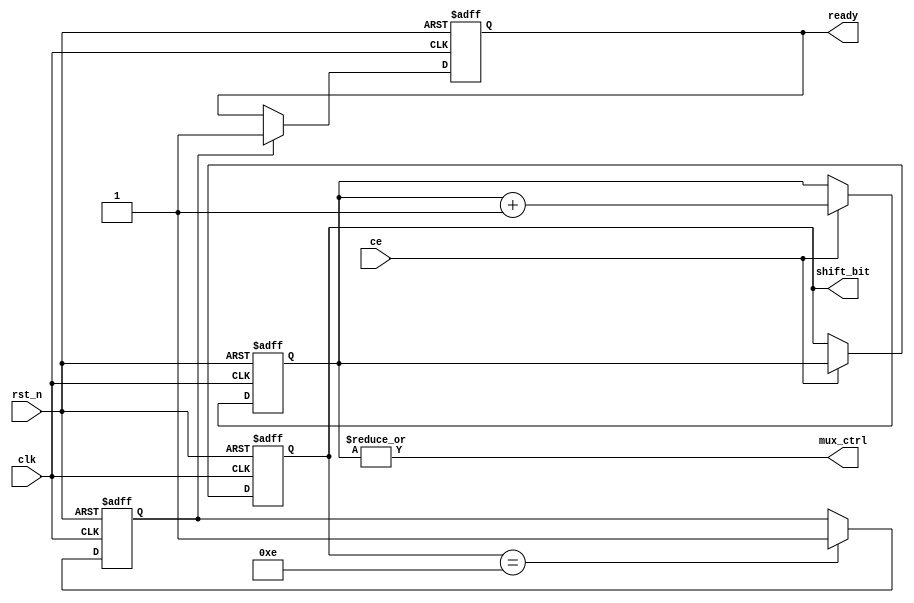
module rot_cordic_ctrl
#(
  parameter COUNT_WIDTH = 4    // Counter width
)
(
  input                            clk,
  input                            ce,
  input                            rst_n,
  output reg   [COUNT_WIDTH-1 : 0] shift_bit,
  output                           mux_ctrl,
  output	reg	ready	//Bao du lieu ra
);
  reg          [COUNT_WIDTH-1 : 0] counter;
  reg	ready_delay;
  
  
  assign mux_ctrl = |counter;
  
  always @(posedge clk, negedge rst_n) begin
    if(!rst_n) begin
	   counter <= 4'b0;
		shift_bit <= 4'b0;
	 end
	 else if(ce) begin
	   counter <= counter + 4'd1;
		shift_bit <= counter;
	 end
  end
  
  always	@ (posedge clk or negedge rst_n)begin
	if(!rst_n)begin
		ready_delay<=0;
	end
	else if(shift_bit==4'd14) begin
		ready_delay<=1;
	end
  end
  
  always @ (posedge clk or negedge rst_n)begin
	if(!rst_n)begin
		ready<=0;
	end
	else if(ready_delay) begin
		ready<=1;
	end
  end
  
  
endmodule